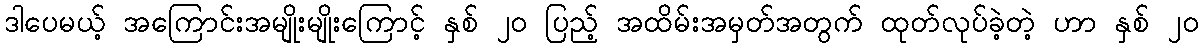
ဒါပေမယ့် အကြောင်းအမျိုးမျိုးကြောင့် နှစ် ၂၀ ပြည့် အထိမ်းအမှတ်အတွက် ထုတ်လုပ်ခဲ့တဲ့ ဟာ နှစ် ၂၀